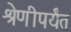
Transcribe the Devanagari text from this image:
श्रेणीपर्यंत